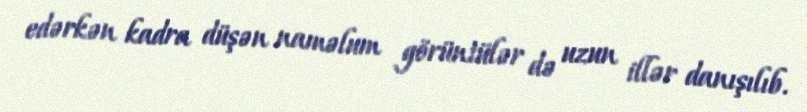
edərkən kadra düşən naməlum görüntülər də uzun illər danışılıb.